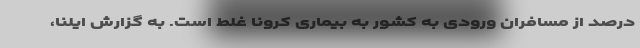
درصد از مسافران ورودی به کشور به بیماری کرونا غلط است. به گزارش ایلنا،